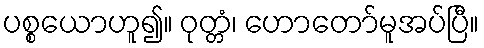
ပစ္စယောဟူ၍။ ဝုတ္တံ၊ ဟောတော်မူအပ်ပြီ။